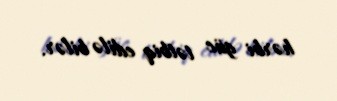
hərbi güc tətbiq edilə bilər.